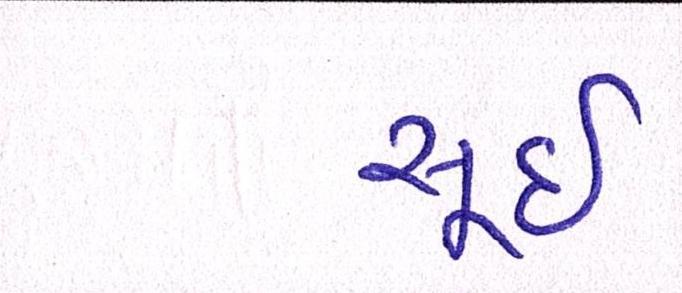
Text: સૂઈ